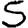
Digit: 5